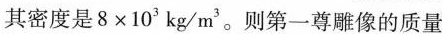
其密度是$$8 \times 1 0 ^ { 3 } k g / m ^ { 3 }$$。则第一尊雕像的质量